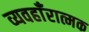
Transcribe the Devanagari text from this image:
व्यवहाँरात्मक